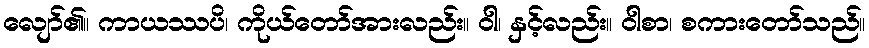
လျော်၏။ ကာယဿပိ၊ ကိုယ်တော်အားလည်း။ ဝါ၊ နှင့်လည်း။ ဝါစာ၊ စကားတော်သည်။